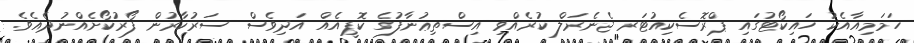
ހަމަމިއާއެކު ހައިކޯޓުގައި ޕްރޮސެކިއުޓަރ ޖެނެރަލް ކުރެއްވި އިސްތިޢުނާފުގެ ކޮޕީއެއް އަދިވެސް ސަރުކާރުން ފޯރުކޯށެއްނުދެއެވެ.